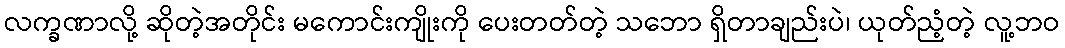
လက္ခဏာလို့ ဆိုတဲ့အတိုင်း မကောင်းကျိုးကို ပေးတတ်တဲ့ သဘော ရှိတာချည်းပဲ၊ ယုတ်ညံ့တဲ့ လူ့ဘဝ